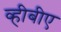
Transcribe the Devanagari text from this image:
व्हीबीए